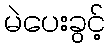
မဲပေးခွင့်